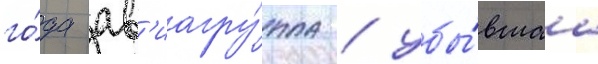
го́да ав'иагру́ппа / убы́вшаа